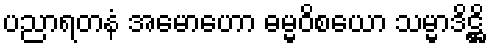
ပညာရတနံ အမောဟော ဓမ္မဝိစယော သမ္မာဒိဋ္ဌိ